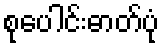
စုပေါင်းဓာတ်ပုံ